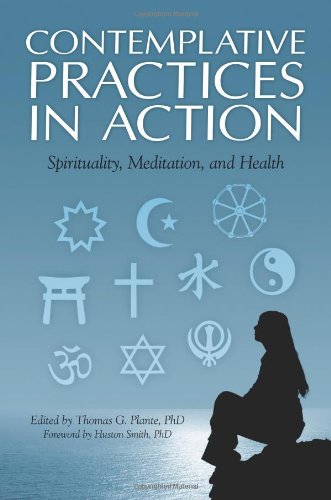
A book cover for Contemplative Practices in Action: Spirituality, Meditation, and Health; Medical Books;